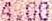
4.00